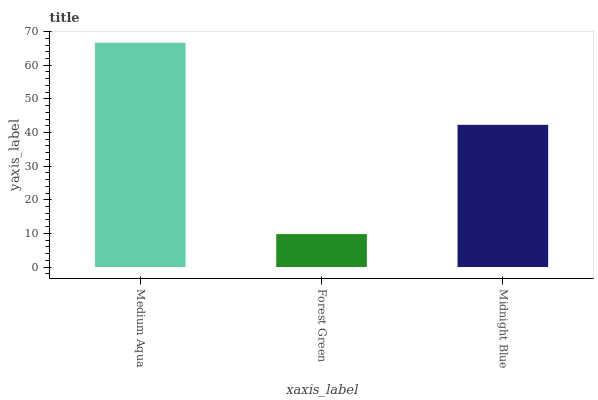
| xaxis_label | bars |
 | --- | --- |
 | Medium Aqua | 66.7 |
 | Forest Green | 9.8 |
 | Midnight Blue | 42.3 |